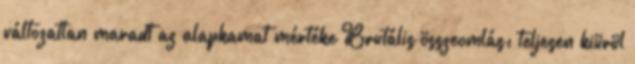
változatlan maradt az alapkamat mértéke Brutális összeomlás: teljesen kiürül